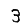
Digit: 3